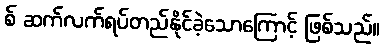
စ် ဆက်လက်ရပ်တည်နိုင်ခဲ့သောကြောင့် ဖြစ်သည်။